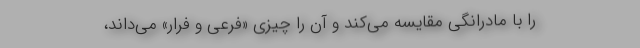
را با مادرانگی مقایسه می‌کند و آن را چیزی «فرعی و فرّار» می‌داند،